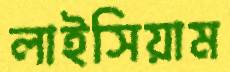
লাইসিয়াম